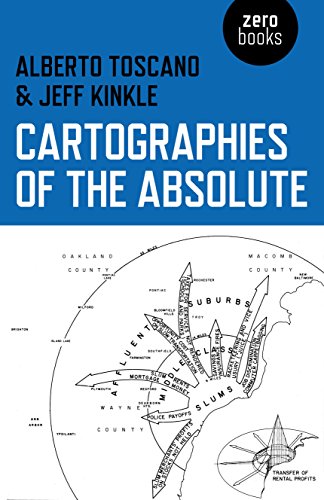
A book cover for Cartographies of the Absolute; Alberto Toscano; Politics & Social Sciences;